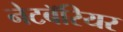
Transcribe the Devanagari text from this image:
नेटबॅरियर